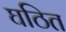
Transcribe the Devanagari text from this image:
घठित